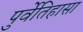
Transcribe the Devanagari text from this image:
पुर्वेतिहासा